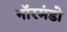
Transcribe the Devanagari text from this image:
नॉरमंडो